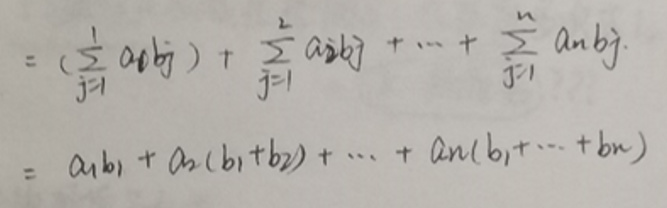
\[
\begin{align*}
&=\left(\sum_{j = 1}^{1}a_{0}b_{j}\right)+\sum_{j = 1}^{2}a_{2}b_{j}+\cdots+\sum_{j = 1}^{n}a_{n}b_{j}\\
&=a_{1}b_{1}+a_{2}(b_{1}+b_{2})+\cdots+a_{n}(b_{1}+\cdots + b_{n})
\end{align*}
\]